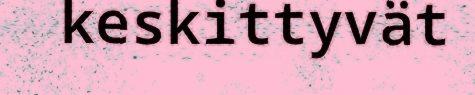
keskittyvät